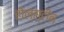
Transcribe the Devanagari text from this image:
होल्स्टीन